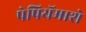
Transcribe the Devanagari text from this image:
पेपियॅमाशे